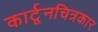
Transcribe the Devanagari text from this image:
कार्टूनचित्रकार